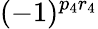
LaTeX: (-1)^{p_{4}r_{4}}